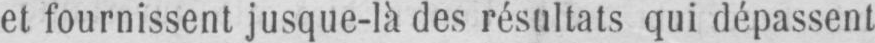
et fournissent jusque-là des résultats qui dépassent